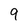
Character: 9